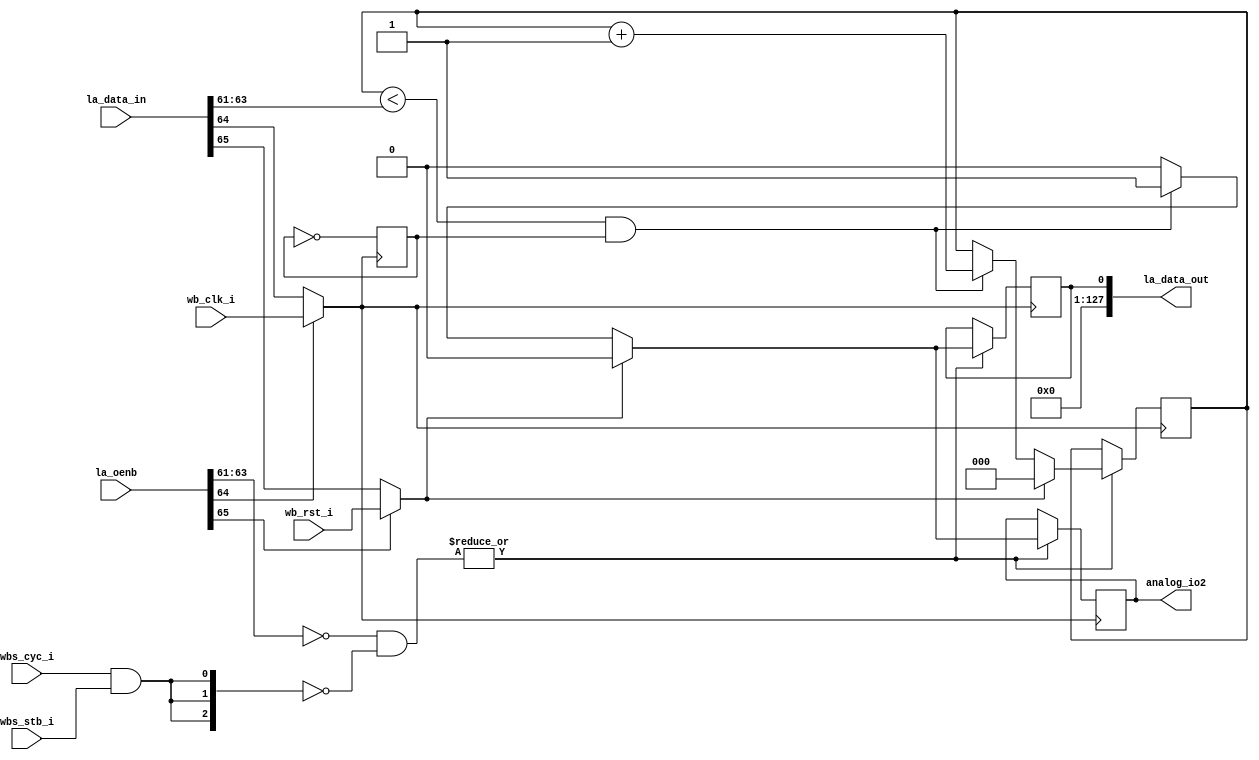
module user_proj_example (
`ifdef USE_POWER_PINS
    inout vdda1,
    inout vssa1,
    inout vccd1,	// User area 1 1.8V supply  
    inout vssd1,	// User area 1 digital ground  
`endif  
    input  wb_clk_i,          // Clock input
    input  wb_rst_i,  
    input  wbs_stb_i,
    input  wbs_cyc_i,
    input   [127:0] la_data_in, 
    output   reg [127:0] la_data_out,
    input   [127:0] la_oenb,
    output reg analog_io2      // Reset input
    //output reg io_out     // Output pulse
);

// Parameters for pulse generation
//parameter PULSE_WIDTH = 10; // Pulse width in clock cycles
wire clk;
wire rst;
wire [2:0] NUM_PULSES;   // Number of pulses to generate
reg h_tag;
reg [2:0] pulse_count; 
wire valid;
wire [3:0] la_write;
//wire [BITS-1:0] rdata; 
//wire [BITS-1:0] wdata;
reg count;

initial begin
  
    h_tag=0;
end
// Internal counters and state variables
    // Counter for number of pulses generated
//reg [3:0] width_count;      // Counter for pulse width
//assign la_oenb = 4'b1000;
//assign la_oenb[3] = 1'b0;
assign  NUM_PULSES = la_data_in[63:61];


assign valid = wbs_cyc_i && wbs_stb_i; 
//assign wbs_dat_o = {{(32-BITS){1'b0}}, rdata};
//assign wdata = wbs_dat_i[BITS-1:0];

//LA
assign la_data_out = {{(127){1'b0}}, count};
//try la_oenb=0 1st 
assign la_write = ~la_oenb[63:61] & ~{3{valid}};
assign clk = (~la_oenb[64]) ? la_data_in[64]: wb_clk_i;
assign rst = (~la_oenb[65]) ? la_data_in[65]: wb_rst_i;


// State machine for pulse generation
always @(posedge clk) begin
    h_tag=~h_tag;
    if (|la_write) begin 
    if (rst) begin
        pulse_count <= 0;
        //width_count <= 0;
        //la_data_out <= 0;
        count<=0;
        analog_io2<=0;
        
    end else begin
        // Check if all pulses have been generated
      if (pulse_count < NUM_PULSES && h_tag==0) begin
            // Generate pulse when width_count reaches PULSE_WIDTH
             pulse_count <= pulse_count+1;
            
          //   la_data_out <= 1;
             count<=1;
             analog_io2<=1;
      end else begin
           //pulse_count <= 0;
            
            //la_data_out <= 0;
            count<=0;
            analog_io2<=0;
       
    end

end
end
end
endmodule